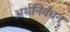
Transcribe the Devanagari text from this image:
अर्थनिर्वचन